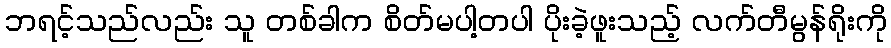
ဘရင့်သည်လည်း သူ တစ်ခါက စိတ်မပါ့တပါ ပိုးခဲ့ဖူးသည့် လက်တီမွန်ရိုးကို